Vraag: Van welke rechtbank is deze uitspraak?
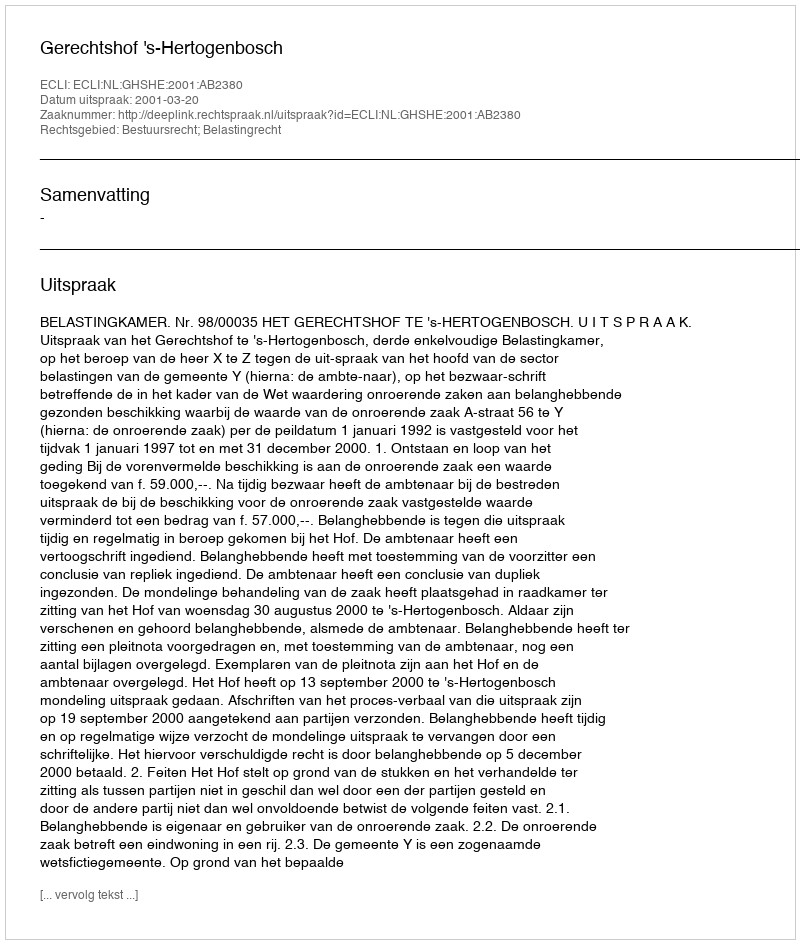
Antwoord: Gerechtshof 's-Hertogenbosch